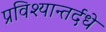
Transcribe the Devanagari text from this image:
प्रविश्यान्तर्दधे